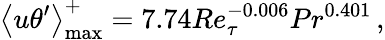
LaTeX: \left<u\theta^{\prime}\right>_{\mathrm{max}}^{+}=7.74Re_{\tau}^{-0.006}Pr^{0.401}\, ,